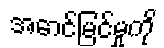
အောင်မြင်မှုကို